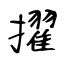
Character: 擢